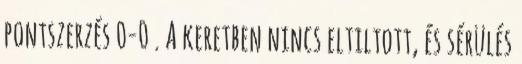
pontszerzés 0-0 . A keretben nincs eltiltott, és sérülés